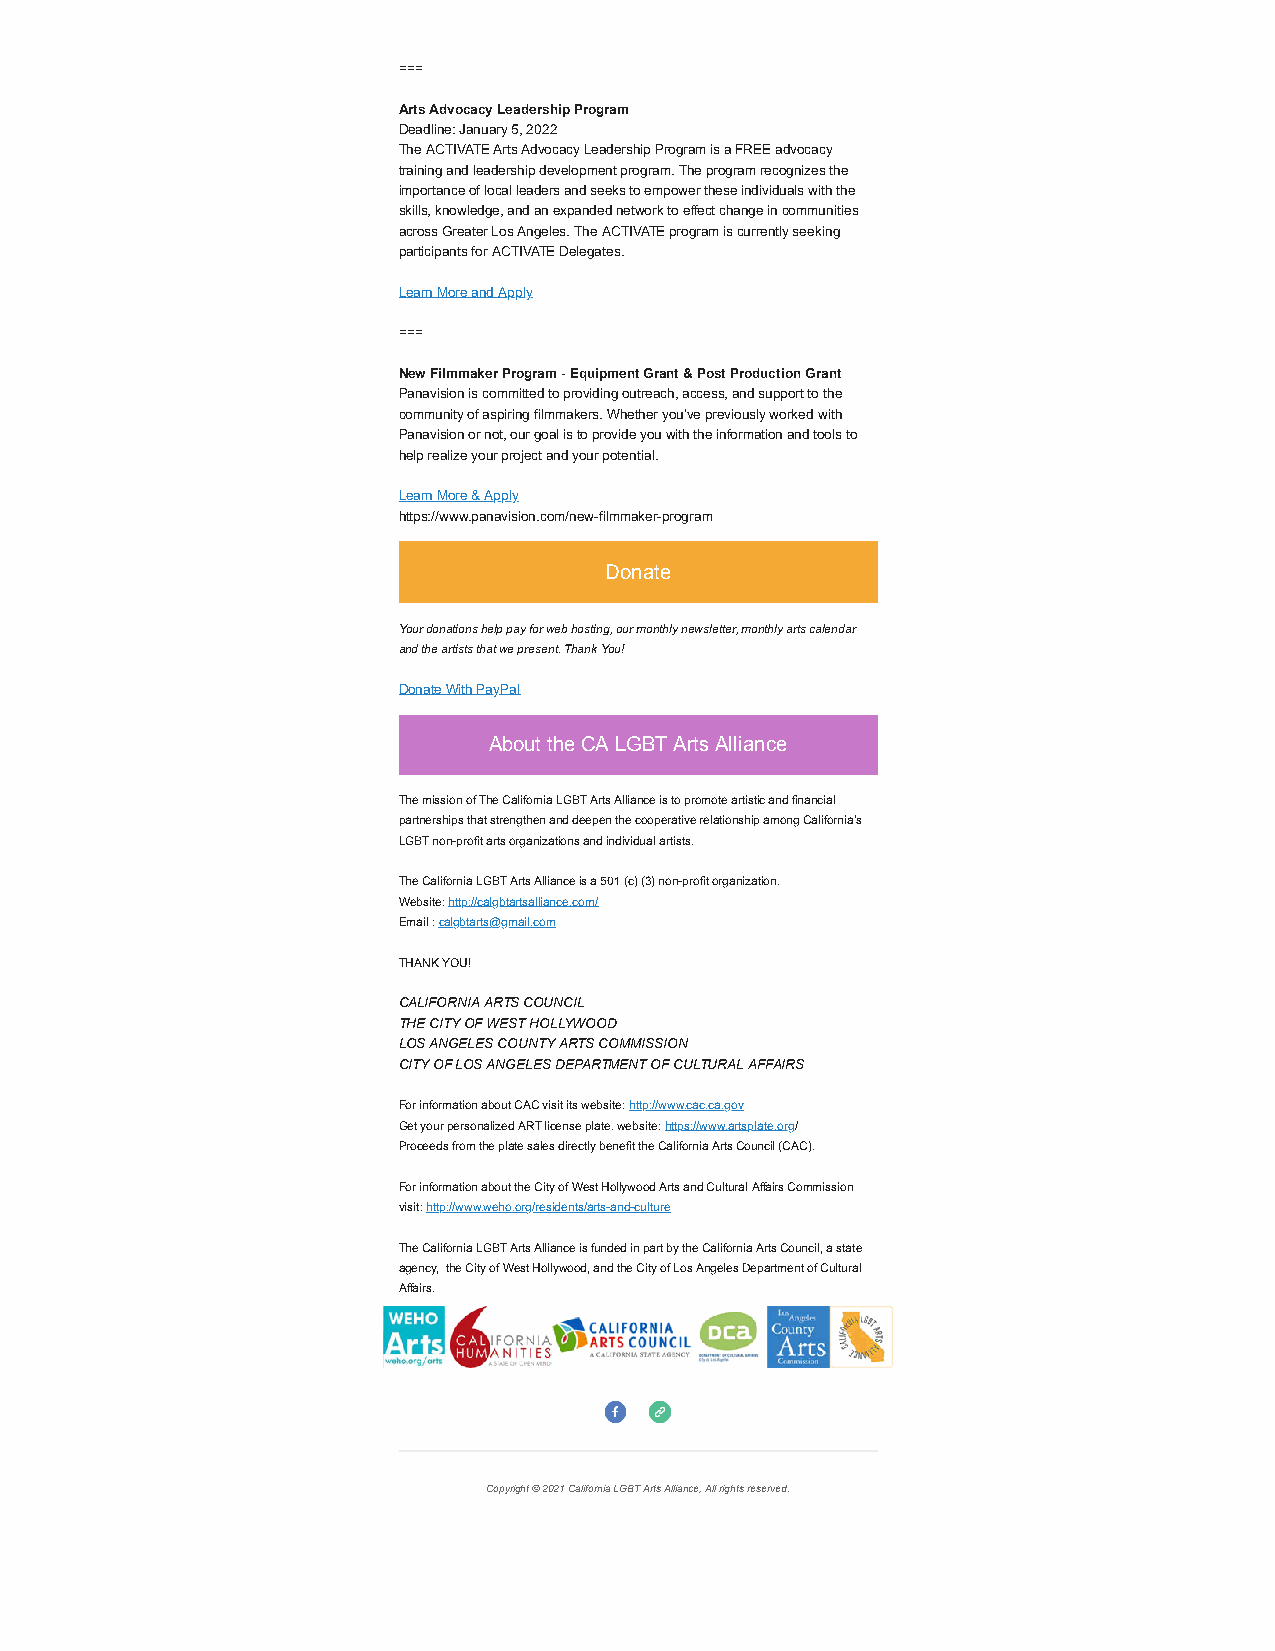
===
 Arts Advocacy Leadership Program
 Deadline: January 5, 2022
 The ACTIVATE Arts Advocacy Leadership Program is a FREE advocacy
 training and leadership development program. The program recognizes the
 importance of local leaders and seeks to empower these individuals with the
 skills, knowledge, and an expanded network to effect change in communities
 across Greater Los Angeles. The ACTIVATE program is currently seeking
 participants for ACTIVATE Delegates.
 Learn More and Apply
 ===
 New Filmmaker Program - Equipment Grant & Post Production Grant
 Panavision is committed to providing outreach, access, and support to the
 community of aspiring filmmakers. Whether you’ve previously worked with
 Panavision or not, our goal is to provide you with the information and tools to
 help realize your project and your potential.
 Learn More & Apply
 https://www.panavision.com/new-filmmaker-program
 Donate
 Your donations help pay for web hosting, our monthly newsletter, monthly arts calendar
 and the artists that we present. Thank You!
 Donate With PayPal
 About the CA LGBT Arts Alliance
 The mission of The California LGBT Arts Alliance is to promote artistic and financial
 partnerships that strengthen and deepen the cooperative relationship among California's
 LGBT non-profit arts organizations and individual artists.
 The California LGBT Arts Alliance is a 501 (c) (3) non-profit organization.
 Website: http://calgbtartsalliance.com/
 Email : calgbtarts@gmail.com
 THANK YOU!
 CALIFORNIA ARTS COUNCIL
 THE CITY OF WEST HOLLYWOOD
 LOS ANGELES COUNTY ARTS COMMISSION
 CITY OF LOS ANGELES DEPARTMENT OF CULTURAL AFFAIRS
 For information about CAC visit its website: http://www.cac.ca.gov
 Get your personalized ART license plate. website: https://www.artsplate.org/
 Proceeds from the plate sales directly benefit the California Arts Council (CAC).
 For information about the City of West Hollywood Arts and Cultural Affairs Commission
 visit: http://www.weho.org/residents/arts-and-culture
 The California LGBT Arts Alliance is funded in part by the California Arts Council, a state
 agency, the City of West Hollywood, and the City of Los Angeles Department of Cultural
 Affairs.
 Copyright © 2021 California LGBT Arts Alliance, All rights reserved.